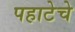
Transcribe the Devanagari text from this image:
पहाटेचे